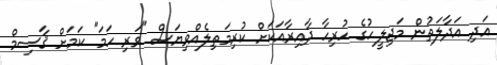
އަދި އަދާލަތުން މަޖިލީހުގެ ހުރިހާ ދާއިރާއަކަށް ކުރިމަތިލެއްވިޔަސް "ވަރި ހަމަ" ކަމަށް ޤާސިމް